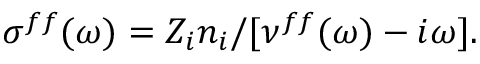
\sigma ^ { f f } ( \omega ) = Z _ { i } n _ { i } / [ \nu ^ { f f } ( \omega ) - i \omega ] .